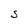
Character: S